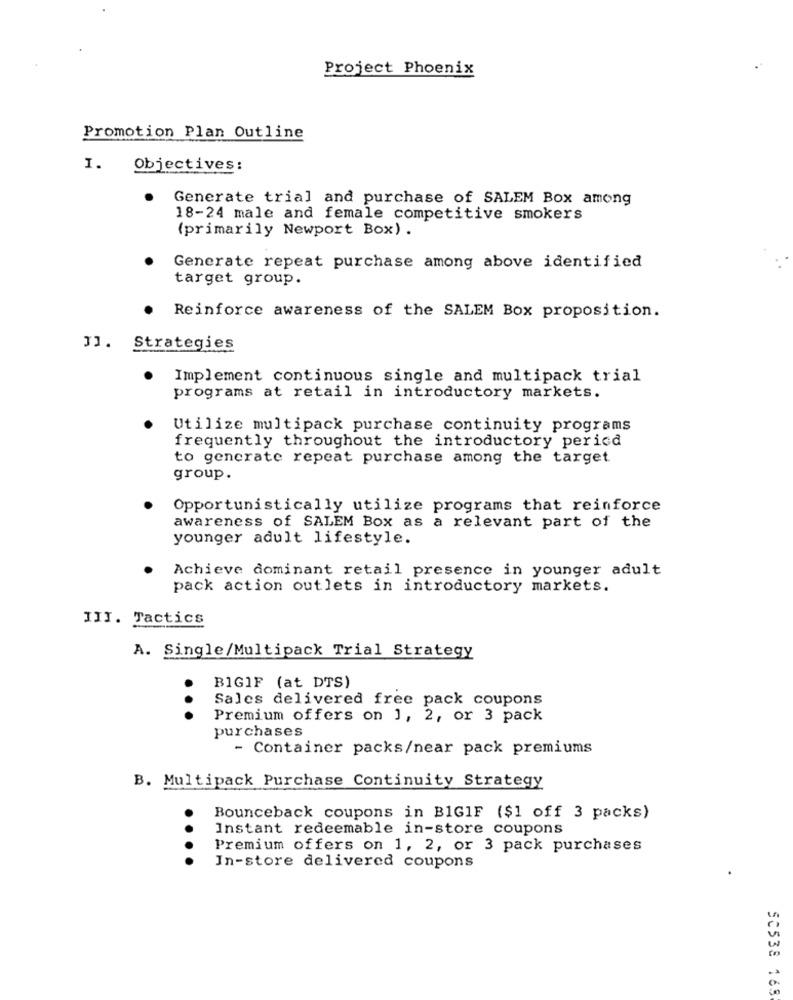
Project Phoenix
Promotion Plan Outline
1.
Objectives:
Generate trial and purchase of SALEM Box among
18-24 male and female competitive smokers
(primarily Newport Box) .
Generate repeat purchase among above identified
target group.
Reinforce awareness of the SALEM Box proposition.
J]. Strategies
Implement continuous single and multipack trial
programs at retail in introductory markets.
Utilize multipack purchase continuity programs
frequently throughout the introductory period
to generate repeat purchase among the target
group.
Opportunistically utilize programs that reinforce
awareness of SALEM Box as a relevant part of the
younger adult lifestyle.
Achieve dominant retail presence in younger adult
pack action outlets in introductory markets.
III. Tactics
A. Single/Multipack Trial Strategy
BIGIF (at DTS)
Sales delivered free pack coupons
...
Premium offers on 1, 2, or 3 pack
purchases
- Container packs/near pack premiums
B. Multipack Purchase Continuity Strategy
Bounceback coupons in BIGIF ($1 off 3 packs)
Instant redeemable in-store coupons
Premium offers on 1, 2, or 3 pack purchases
....
In-store delivered coupons
SC538 168